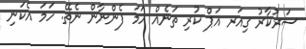
ސަރުކާރު ގިއަރ އަޕް ކުރި ތަނެއް ހަމަ ފެންނާން ނެތޭ. ހަމަ އެކަނި